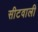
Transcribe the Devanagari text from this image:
सीटवाली